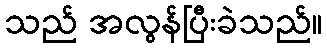
သည် အလွန်ပြီးခဲသည်။